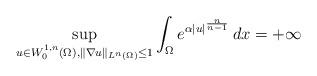
LaTeX: \begin{align*}\sup_{u\in W^{1,n}_0(\Omega),\|\nabla u\|_{L^n(\Omega)}\leq 1}\int_\Omega e^{\alpha|u|^{\frac{n}{n-1}}}\, dx=+\infty\end{align*}